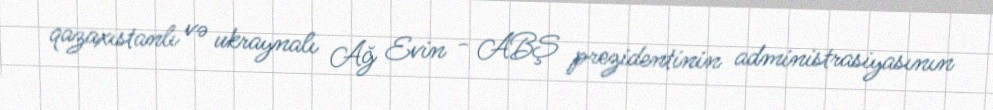
qazaxıstanlı və ukraynalı Ağ Evin - ABŞ prezidentinin administrasiyasının